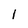
Character: 1